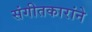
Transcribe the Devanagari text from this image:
संगीतकारांने